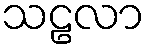
သဠလာ